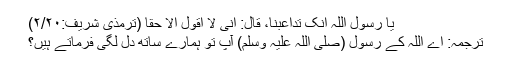
یا رسول اللہ انّک تداعبنا، قال: انّی لا اقول الاّ حقًّا (ترمذی شریف:۲/۲۰)
ترجمہ: اے اللہ کے رسول (صلی اللہ علیہ وسلم) آپ تو ہمارے ساتھ دل لگی فرماتے ہیں؟